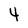
Character: 4